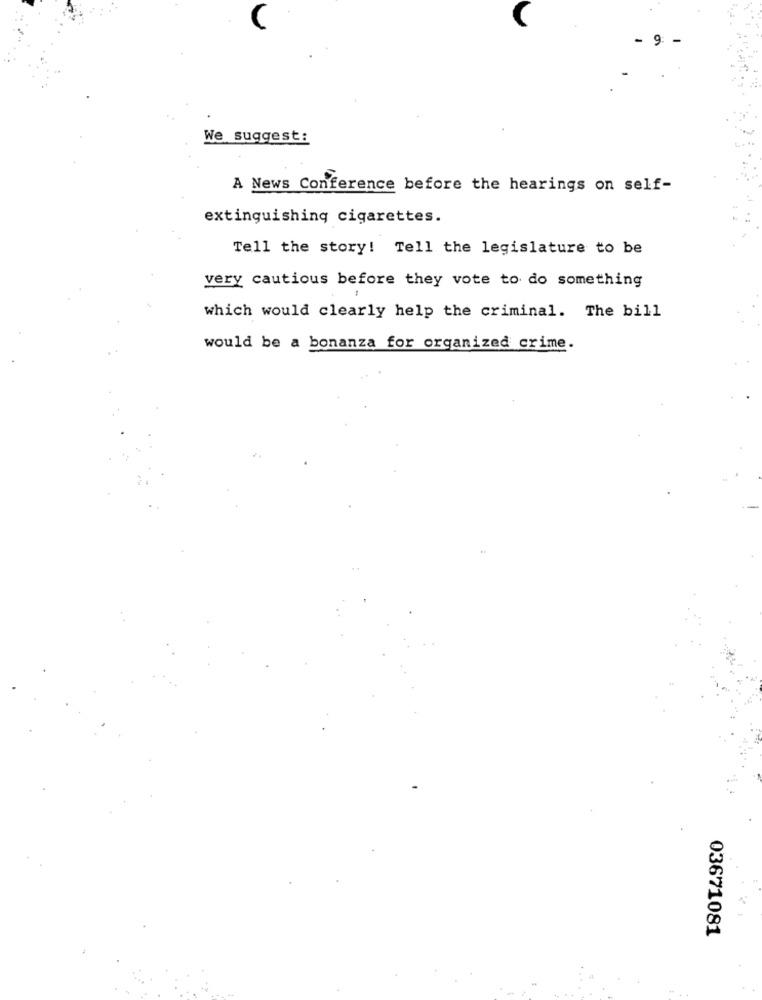
We suggest:
A News Conference before the hearings on self-
extinguishing cigarettes.
Tell the story! Tell the legislature to be
very cautious before they vote to do something
which would clearly help the criminal. The bill
would be a bonanza for organized crime.
03671081